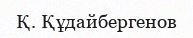
Қ. Құдайбергенов